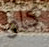
كاو